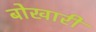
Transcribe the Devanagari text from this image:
बोखारी